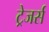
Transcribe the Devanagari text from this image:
ट्रेजर्स